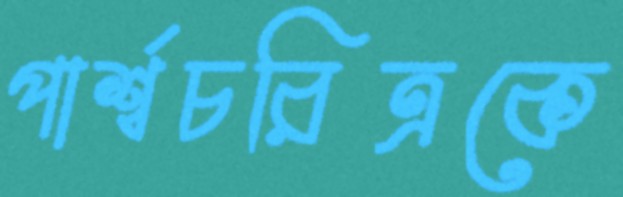
পার্শ্বচরিত্রকে